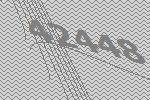
42448